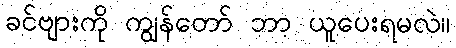
ခင်ဗျားကို ကျွန်တော် ဘာ ယူပေးရမလဲ။